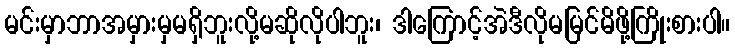
မင်းမှာဘာအမှားမှမရှိဘူးလို့မဆိုလိုပါဘူး၊ ဒါကြောင့်အဲဒီလိုမမြင်မိဖို့ကြိုးစားပါ။